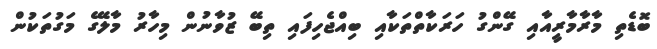
ބޮޑެތި މާރާމާރީއާއި ގޭންގު ހަރަކާތްތަކާއި ބިއްޖެހިފައި ތިބޭ ޒުވާނުން މިހާރު މާލޭގެ މަގުތަކުން